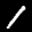
Label: 1